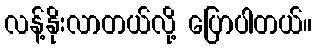
လန့်နိုးလာတယ်လို့ ပြောပါတယ်။